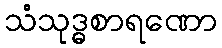
သံသုဒ္ဓစာရဏော